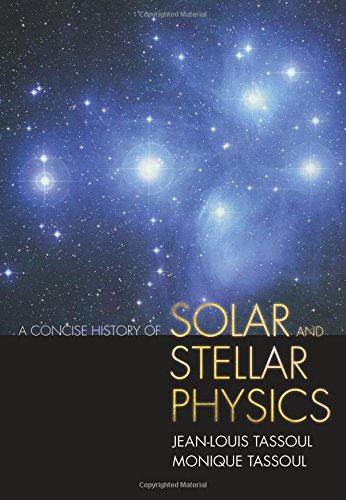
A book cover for A Concise History of Solar and Stellar Physics; Jean-Louis Tassoul; Science & Math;